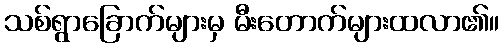
သစ်ရွာခြောက်များမှ မီးတောက်များထလာ၏။